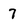
Character: 7